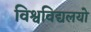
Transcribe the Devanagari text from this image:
विश्वविद्यलयो